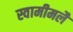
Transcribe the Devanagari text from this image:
स्वामीमलै